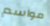
مواسم